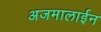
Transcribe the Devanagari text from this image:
अजमालाईन